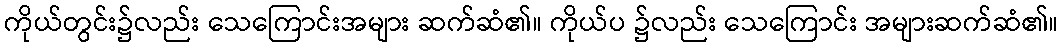
ကိုယ်တွင်း၌လည်း သေကြောင်းအများ ဆက်ဆံ၏။ ကိုယ်ပ ၌လည်း သေကြောင်း အများဆက်ဆံ၏။